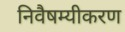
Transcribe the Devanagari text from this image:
निवैषम्यीकरण